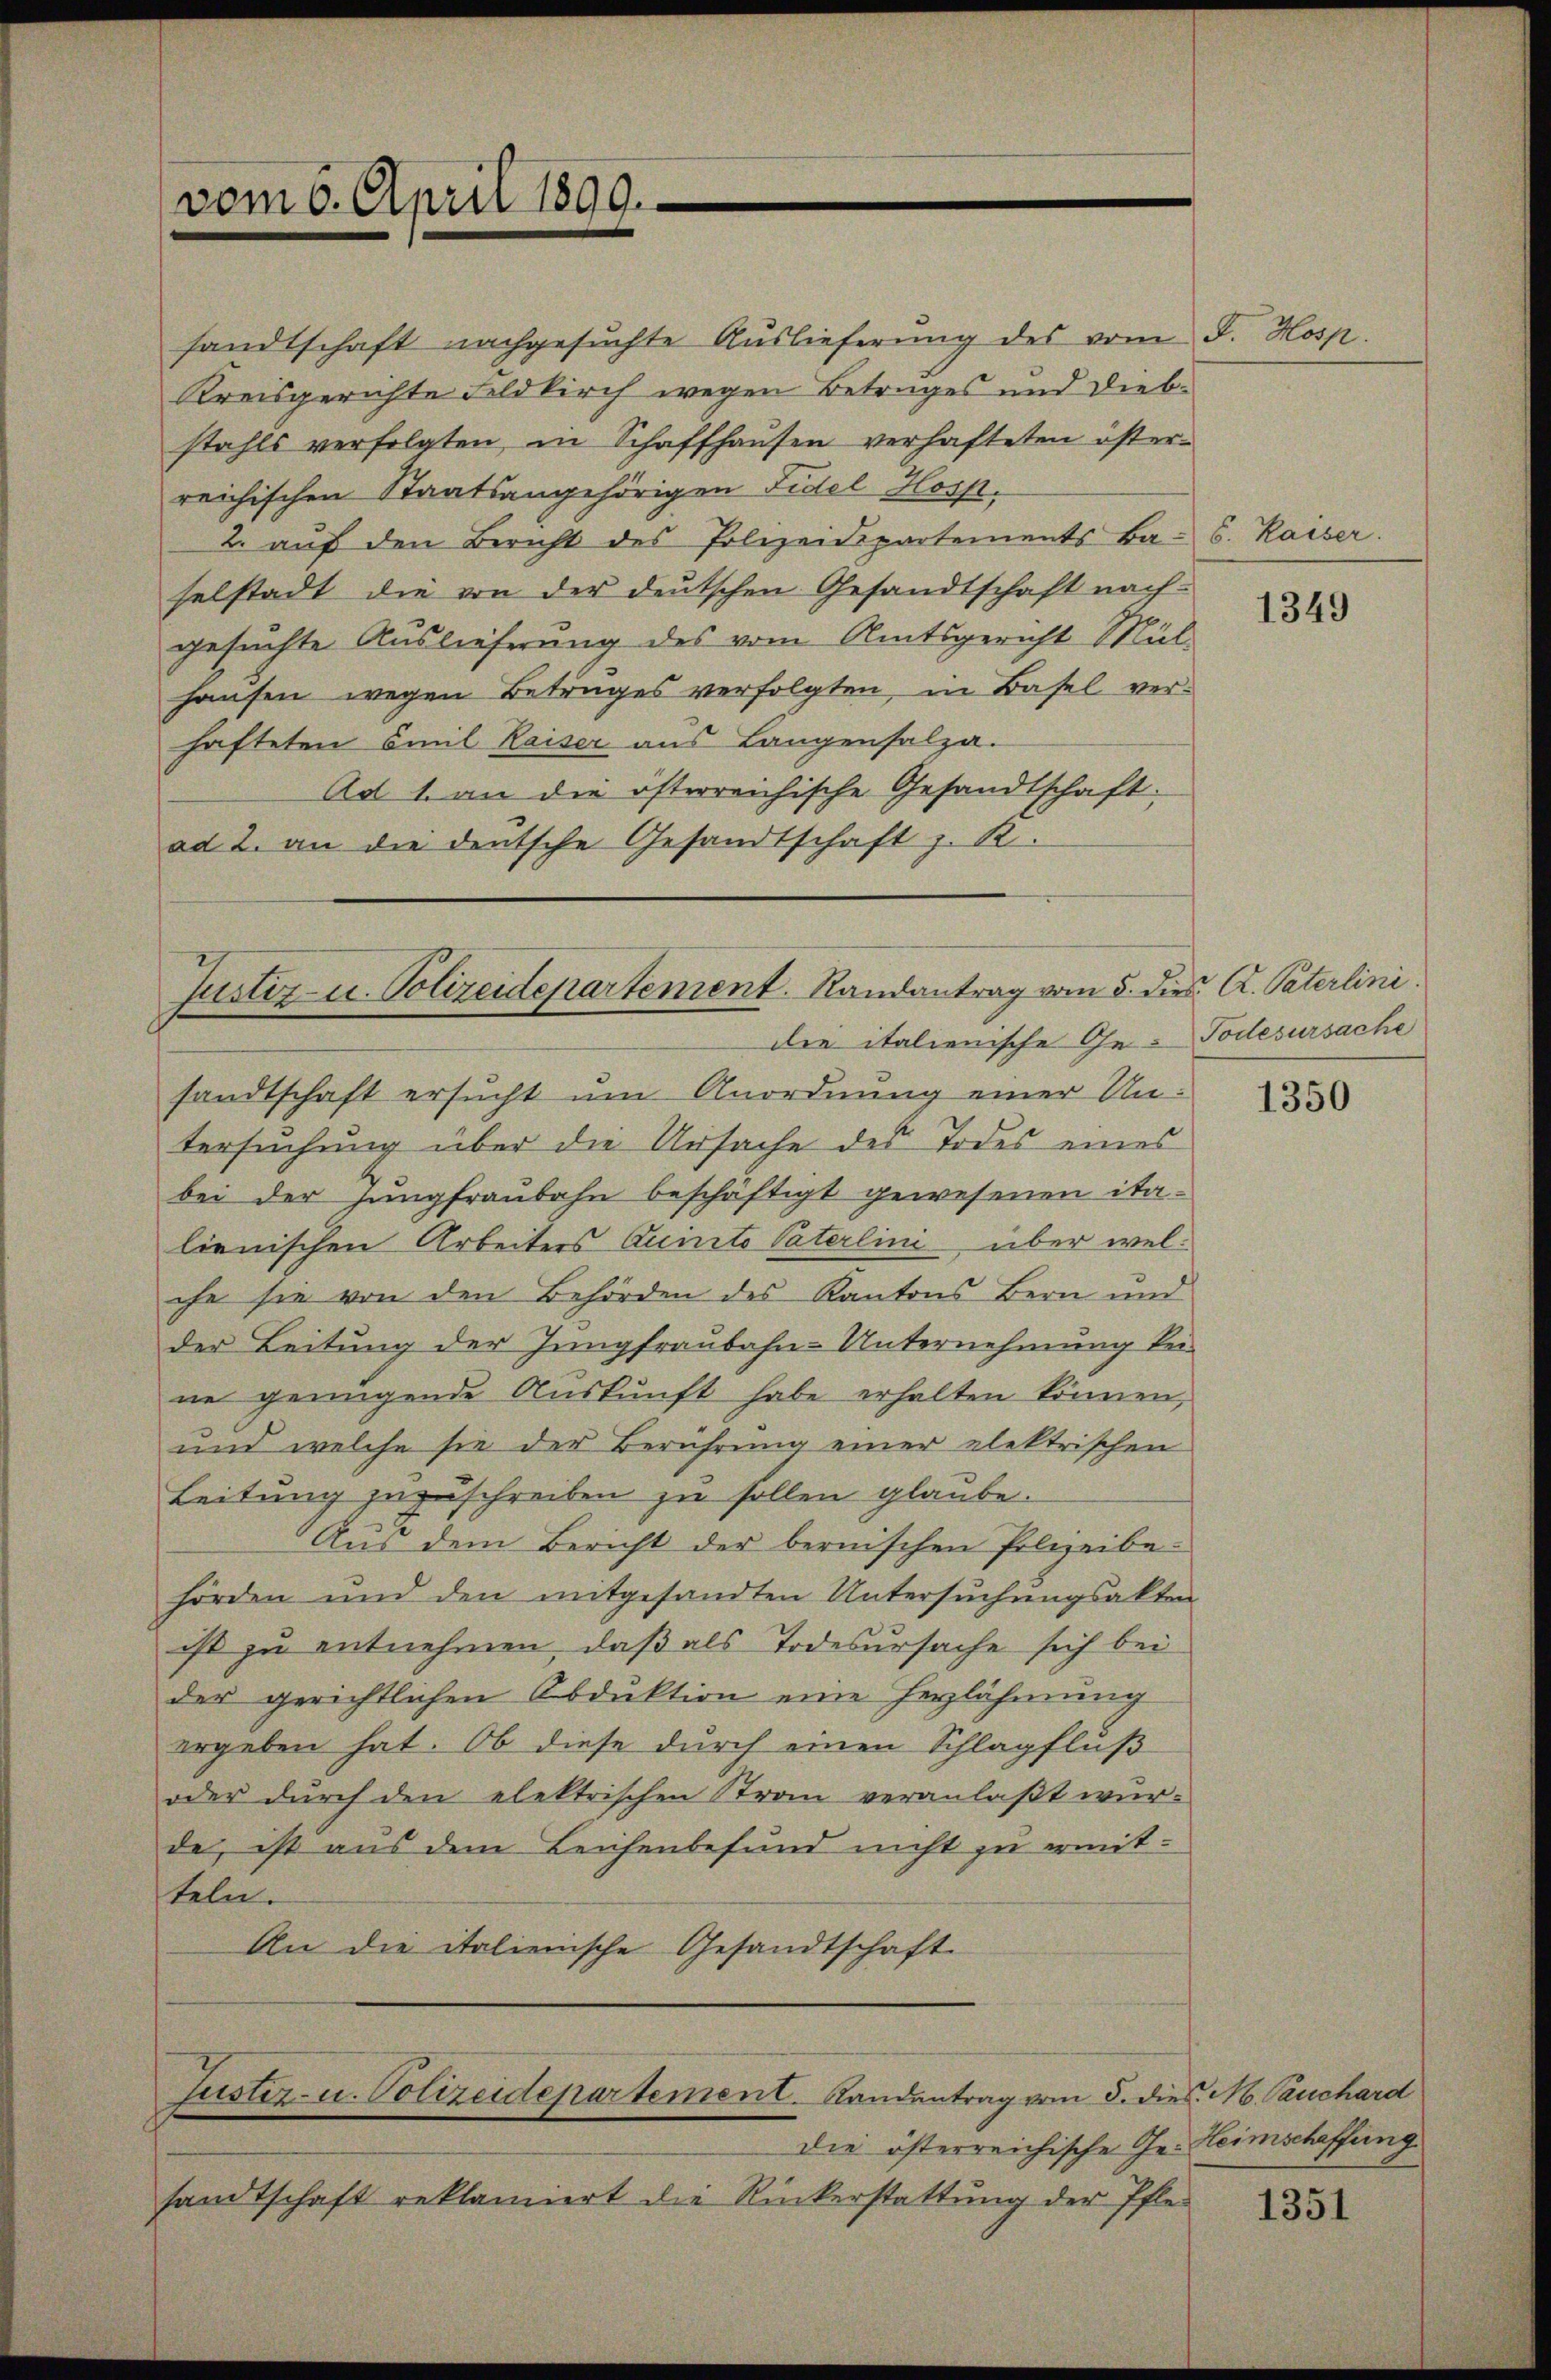
vom 6. April 1899.

sandtschaft nachgesuchte Auslieferung des vom 5.
Kreisgerichte Feldkirch wegen Betrages und Diebstahls verfolgten, in Schaffhausen verhafteten österreichischen Staatsangehörigen Fidel Hosp.
2. aŭf den Bericht des Polizeidepartements Ba- 6. Kaiser.
selstadt die von der deutschen Gesandtschaft nach-
gesuchte Auslieferung des vom Amtsgericht Mülhausen wegen Betruges verfolgten, in Basel verhafteten Emil Kaiser aus Langensalza-
Ad 1. an die österreichische Gesandtschaft-
ad 2. an die deutsche Gesandtschaft z. K.

Justiz- u. Polizeidepartement. Randantrag vom 5. dies A. Paterlini
die italienische Ge- Todesursache

sandtschaft ersucht um Anordnung einer Untersuchung über die Ursache des Todes eines
bei der jungfraubahn beschäftigt gewesenen ita-
lienischen Arbeiters Quinte Paterlini über welche sie von den Behörden des Kantons Bern und
der Leitung der Jungfraubahn-Unternehmung keine genügende Auskunft habe erhalten können,
und welche sie der Berührung einer elektrischen
Leitung zuzuschreiben zu sollen glaube.
Aus dem Bericht der bernischen Polizeibe-
hörden und den mitgesandten Untersuchungsakten
ist zu entnehmen, daß als Todesursache sich bei
der gerichtlichen Abduktion eine Herzlähmung
ergeben hat. Ob diese durch einen Schlagfluß
oder durch den elektrischen Stran veranlaßt wur-
de, ist aus dem Leichenbefund nicht zu ermitteln.
An die italienische Gesandtschaft

Justiz- u. Polizeidepartement. Landantrag vom 8. dies. M. Pauchard

die österreichische Ge- Heimschaffung
sandtschaft reklamiert die Rückerstattung der Pfle¬

Hosse

1349

1350

1351